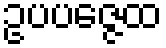
ဥပပဇ္ဇေထ